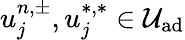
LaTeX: u_{j}^{n,\pm},u_{j}^{\ast,\ast}\in\mathcal{U}_{\textrm{ad}}